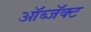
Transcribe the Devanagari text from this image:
ऑब्जॅक्ट